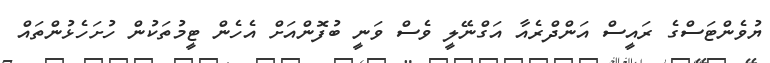
ޔުވެންޓަސްގެ ރައީސް އަންދްރެއާ އަގްނޭލީ ވެސް ވަނީ ބުފޮންއަށް އެހެން ޓީމުތަކުން ހުށަހެޅުންތައް